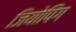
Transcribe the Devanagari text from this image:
जियोपिंग